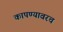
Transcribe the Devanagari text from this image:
कापण्यावरच